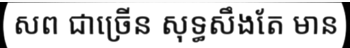
សព ជាច្រើន សុទ្ធសឹងតែ មាន